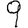
Digit: 9